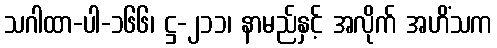
သဂါထာ-ပါ-၁၆၆၊ ဋ္ဌ-၂၁၁၊ နာမည်နှင့် အလိုက် အဟိံသက